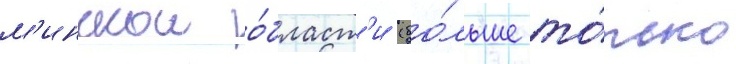
м'инскои о́бласт'и (бо́льше то́лько